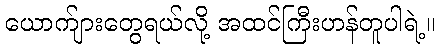
ယောက်ျားတွေရယ်လို့ အထင်ကြီးဟန်တူပါရဲ့။